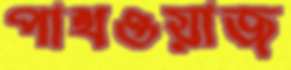
পাখওয়াজ